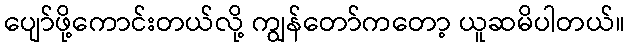
ပျော်ဖို့ကောင်းတယ်လို့ ကျွန်တော်ကတော့ ယူဆမိပါတယ်။